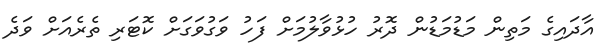
އާދައިގެ މަތިން މަޑުމަޑުން ދޮރު ހުޅުވާލުމަށް ފަހު ވަގުވަގަށް ކޮޓަރި ތެރެއަށް ވަދެ